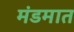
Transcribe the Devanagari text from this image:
मंडमात